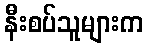
နီးစပ်သူများက